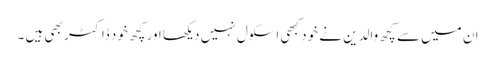
ان میں سے کچھ والدین نے خود کبھی اسکول نہیں دیکھا اور کچھ خود ڈاکٹر بھی ہیں ۔